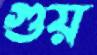
গুয়